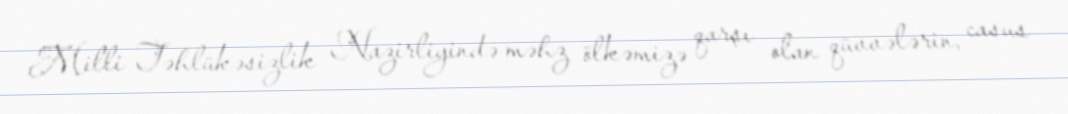
Milli Təhlükəsizlik Nazirliyində məhz ölkəmizə qarşı olan qüvvələrin, casus